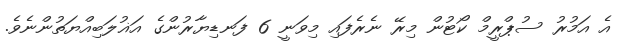
އެ އަމުރު ސުޕްރީމް ކޯޓުން މިރޭ ނެރެފައި މިވަނީ 6 ފަނޑިޔާރުންގެ އަޣުލަބިއްޔަތުންނެވެ.